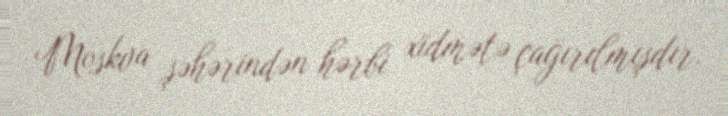
Moskva şəhərindən hərbi xidmətə çağırılmışdır.